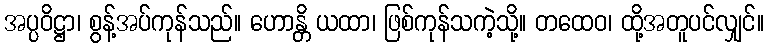
အပ္ပဝိဋ္ဌာ၊ စွန့်အပ်ကုန်သည်။ ဟောန္တိ ယထာ၊ ဖြစ်ကုန်သကဲ့သို့။ တထေဝ၊ ထို့အတူပင်လျှင်။